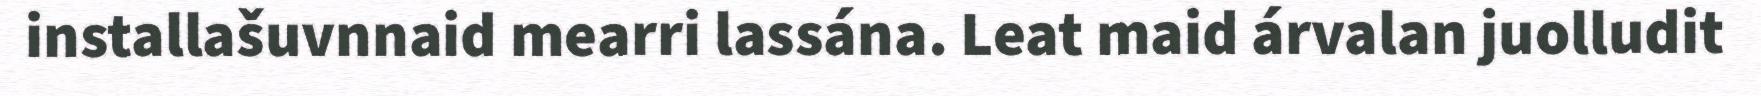
installašuvnnaid mearri lassána. Leat maid árvalan juolludit